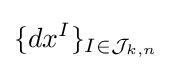
\{dx^{I}\}_{I\in {\mathcal {J}}_{k,n}}